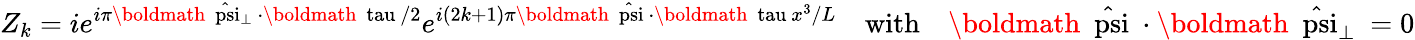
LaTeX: Z_{k}=ie^{i\pi\mathrm{\boldmath~\hat{\scriptstyle\ psi}\scriptstyle_{\perp}~}\cdot\mathrm{\boldmath~\scriptstyle\ tau~}/2}e^{i(2k+1)\pi\mathrm{\boldmath~\hat{\scriptstyle\ psi}~}\cdot\mathrm{\boldmath~\scriptstyle\ tau~}x^{3}/L}\quad\mathrm{with}\quad\mathrm{\boldmath~\hat{\ psi}~}\cdot\mathrm{\boldmath~\hat{\ psi}_{\perp}~}=0